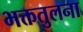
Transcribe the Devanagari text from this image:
भक्ततुलना